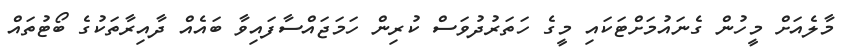
މާލެއަށް މީހުން ގެނައުމަށްޓަކައި މީގެ ހަތަރުދުވަސް ކުރިން ހަމަޖައްސާފައިވާ ބައެއް ދާއިރާތަކުގެ ބޯޓުތައް